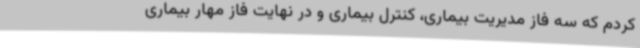
کردم که سه فاز مدیریت بیماری، کنترل بیماری و در نهایت فاز مهار بیماری